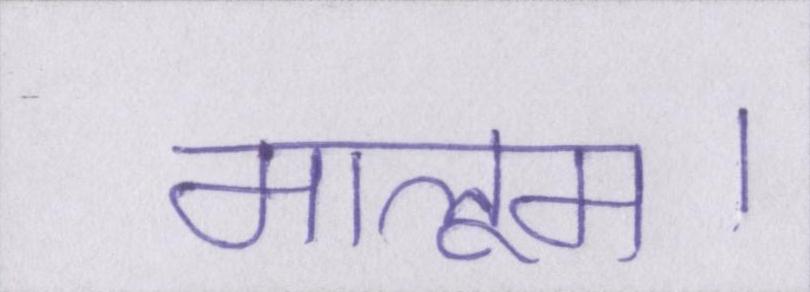
मालूम।